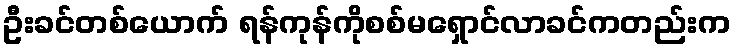
ဦးခင်တစ်ယောက် ရန်ကုန်ကိုစစ်မရှောင်လာခင်ကတည်းက